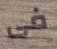
فى